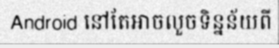
Android នៅតែអាចលួចទិន្នន័យពី